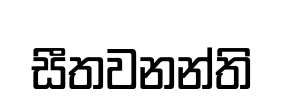
සීතවනන්ති